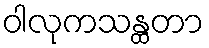
ဝါလုကသန္ထတာ